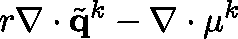
r \mathbf { \nabla } \cdot \tilde { \mathbf { q } } ^ { k } - \mathbf { \nabla } \cdot \mathbf { \mu } ^ { k }